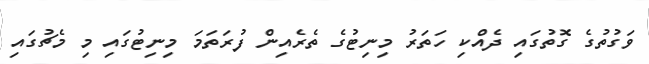
ވަގުތުގެ ގޮތުގައި ދެއްކި ހަތަރު މިނިޓުގެ ތެރެއިން ފުރަތަމަ މިނިޓުގައި މި މެޗުގައި